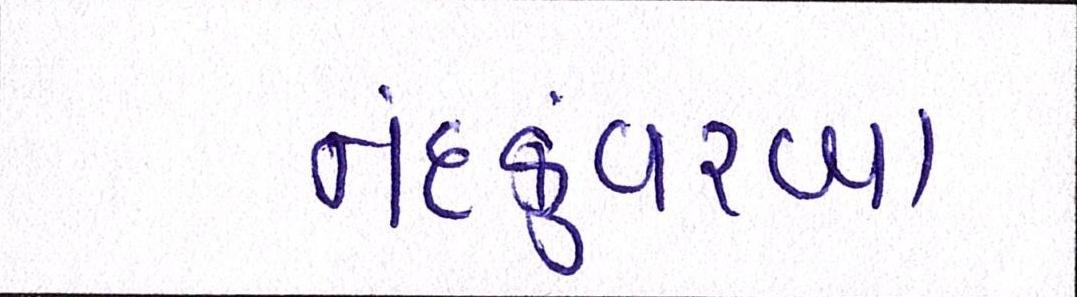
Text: નંદકુંવરબા